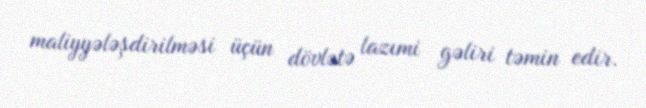
maliyyələşdirilməsi üçün dövlətə lazımi gəliri təmin edir.